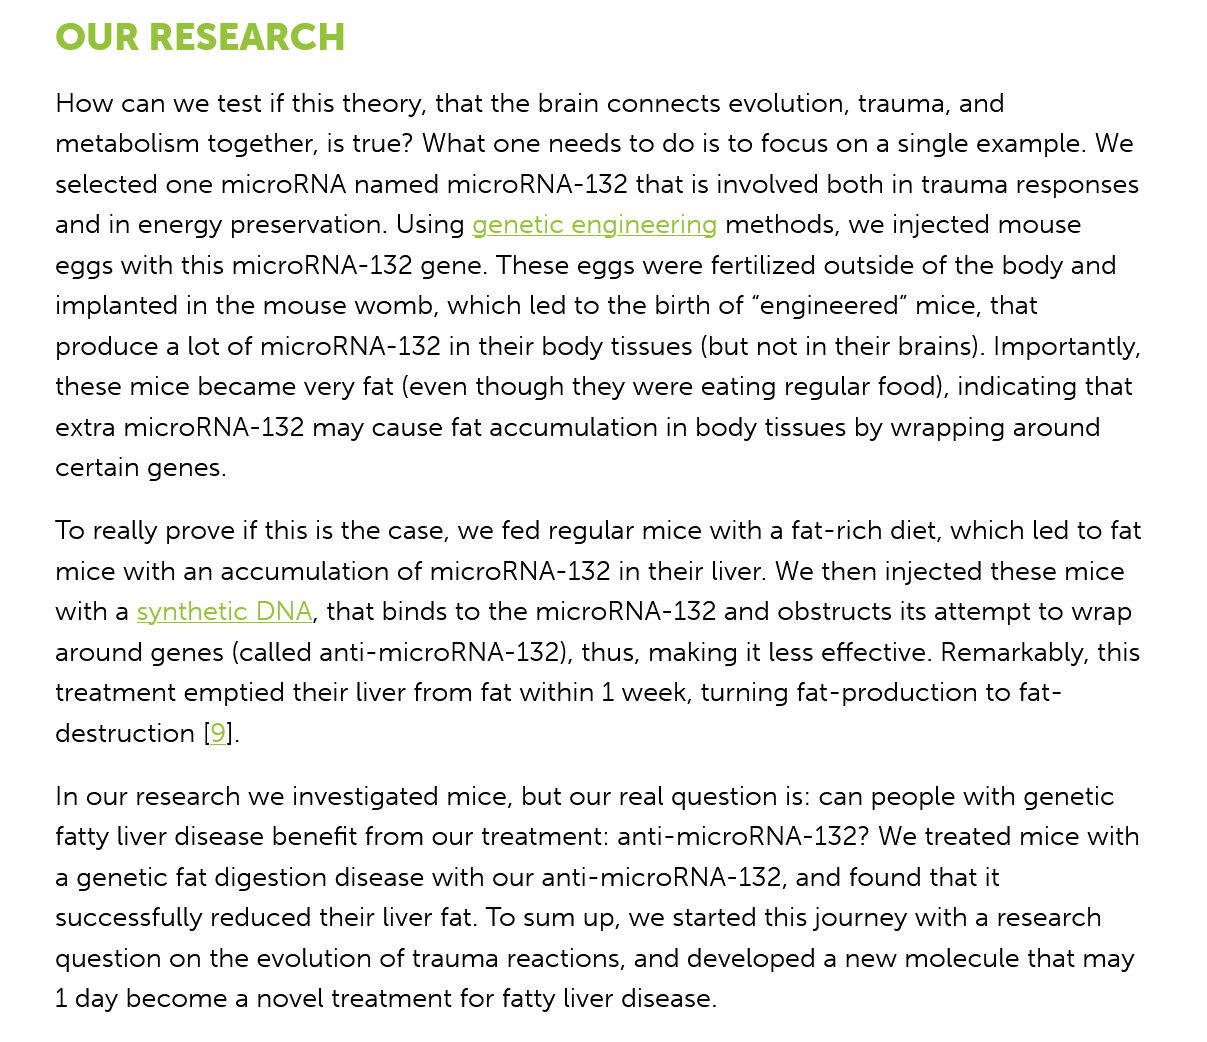
OUR    RESEARCH
     How can we test if this theory, that the brain connects evolution, trauma, and
     metabolism together, is true? What one needs to do is to focus on
    a
     single  example. We
     selected one microRNA named microRNA-132  that is involved both in trauma responses
     and in energy preservation. Using genetic engineering methods, we injected mouse
     eggs with this microRNA-132 gene. These eggs were fertilized outside of the body and
     implanted in the mouse womb, which led to the birth of “engineered” mice, that
     produce a lot of microRNA-132 in their body tissues (but not in their brains). Importantly,
     these mice became very fat (even though they were eating regular food), indicating that
     extra microRNA-132 may cause fat accumulation in body tissues by wrapping around
     certain genes.
     To really prove if this is the case, we fed regular mice with a fat-rich diet, which led to fat
     mice with an accumulation of microRNA-132 in their liver. We then injected these mice
     with a synthetic DNA, that binds to the microRNA-132 and obstructs its attempt to wrap
     around genes (called anti-microRNA-132), thus, making it less effective. Remarkably, this
     treatment emptied their liver from fat within 1 week, turning fat-production to fat-
     destruction [9].
     In our research we investigated mice, but our real question is: can people with genetic
     fatty liver disease benefit from our treatment: anti-microRNA-132? We treated mice with
     a genetic fat digestion disease with our anti-microRNA-132, and found that it
     successfully reduced their liver fat. To sum up, we started this journey with a research
     question on the evolution of trauma reactions, and developed a new molecule that may
     1 day become a novel treatment for fatty liver disease.